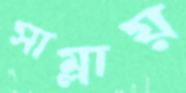
সাম্‌লায়